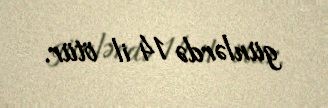
günlərdə 14 il ötür.